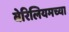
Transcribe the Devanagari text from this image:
बेरिलियमच्या